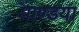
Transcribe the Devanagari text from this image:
पाण्डया